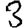
Digit: 3